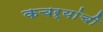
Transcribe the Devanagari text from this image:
कचऱ्यांची